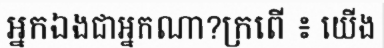
អ្នកឯងជាអ្នកណា?ក្រពើ ៖ យើង